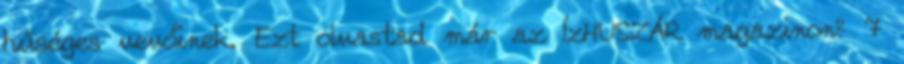
hűséges vevőinek. Ezt olvastad már az ÍzHUSZÁR magazinon? 7